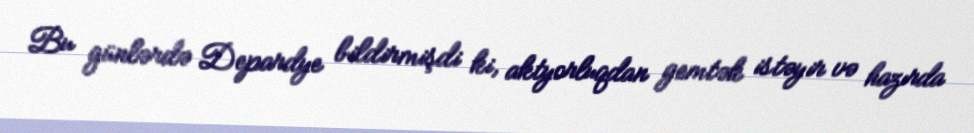
Bu günlərdə Depardye bildirmişdi ki, aktyorluqdan gemtək istəyir və hazırda